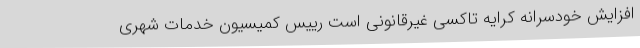
افزایش خودسرانه کرایه‌ تاکسی غیرقانونی است رییس کمیسیون خدمات شهری